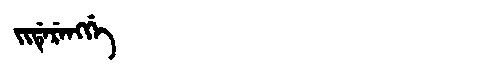
Manchu: ᠵᡳᡩᡝᡵᡝᠩᡤᡝ
Romanization: JIDERENGGE